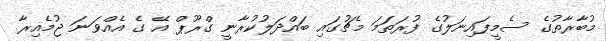
މުބާރާތުގެ ސެމީފައިނަލުގެ ފުރަތަމަ މެޗުގައި ބައްދަލުކުރާނީ ގްރޫޕް އޭ ގެ އެއްވަނަ ޖުމެއިރާ